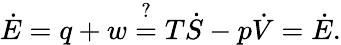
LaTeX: \dot{E}=q+w\stackrel{?}{=}T\dot{S}-p\dot{V}=\dot{E}.